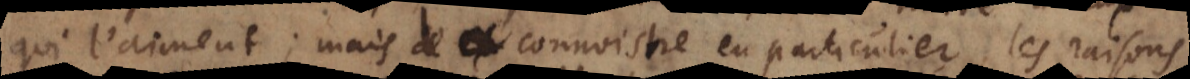
qui l’aiment; mais de connoistre en particulier les raisons